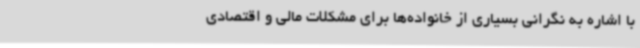
با اشاره به نگرانی بسیاری از خانواده‌ها برای مشکلات مالی و اقتصادی